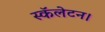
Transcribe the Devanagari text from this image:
स्कॅलेटन।